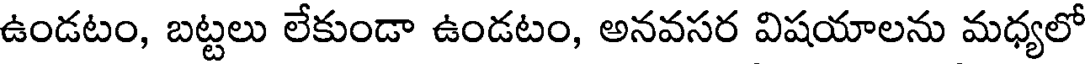
ఉండటం, బట్టలు లేకుండా ఉండటం, అనవసర విషయాలను మధ్యలో